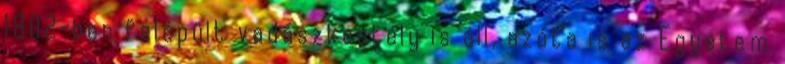
1802-ben felépült vadászkastély is áll, azóta is az Egyetem